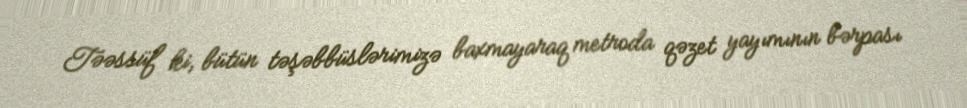
Təəssüf ki, bütün təşəbbüslərimizə baxmayaraq metroda qəzet yayımının bərpası